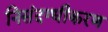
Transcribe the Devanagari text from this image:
निसंदग्धीकरण